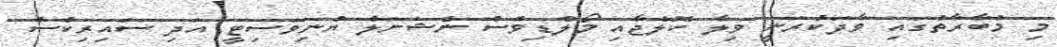
މި މުބާރާތުގައި ވާދަކުރަނީ ވިލާ ކޮލެޖާއި މޯލްޑިވްސް ނެޝަނަލް ޔުނިވަސިޓީ އަދި ސައިރިކްސް